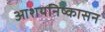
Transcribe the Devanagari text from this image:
आशयनिष्कासन